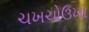
ચખચોઉખા